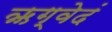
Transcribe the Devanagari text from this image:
ऋग्वेदं